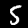
Digit: 5